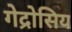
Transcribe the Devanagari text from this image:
गेद्रोसिय